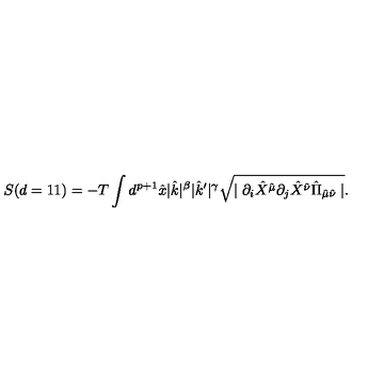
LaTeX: S ( d = 1 1 ) = - T \int d ^ { p + 1 } \hat { x } | \hat { k } | ^ { \beta } | \hat { k } ^ { \prime } | ^ { \gamma } \sqrt { \mid \partial _ { i } \hat { X } ^ { \hat { \mu } } \partial _ { j } \hat { X } ^ { \hat { \nu } } \hat { \Pi } _ { \hat { \mu } \hat { \nu } } \mid } .